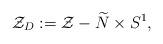
LaTeX: \begin{align*} \mathcal{Z}_D:=\mathcal{Z}-\widetilde{N}\times S^1, \end{align*}